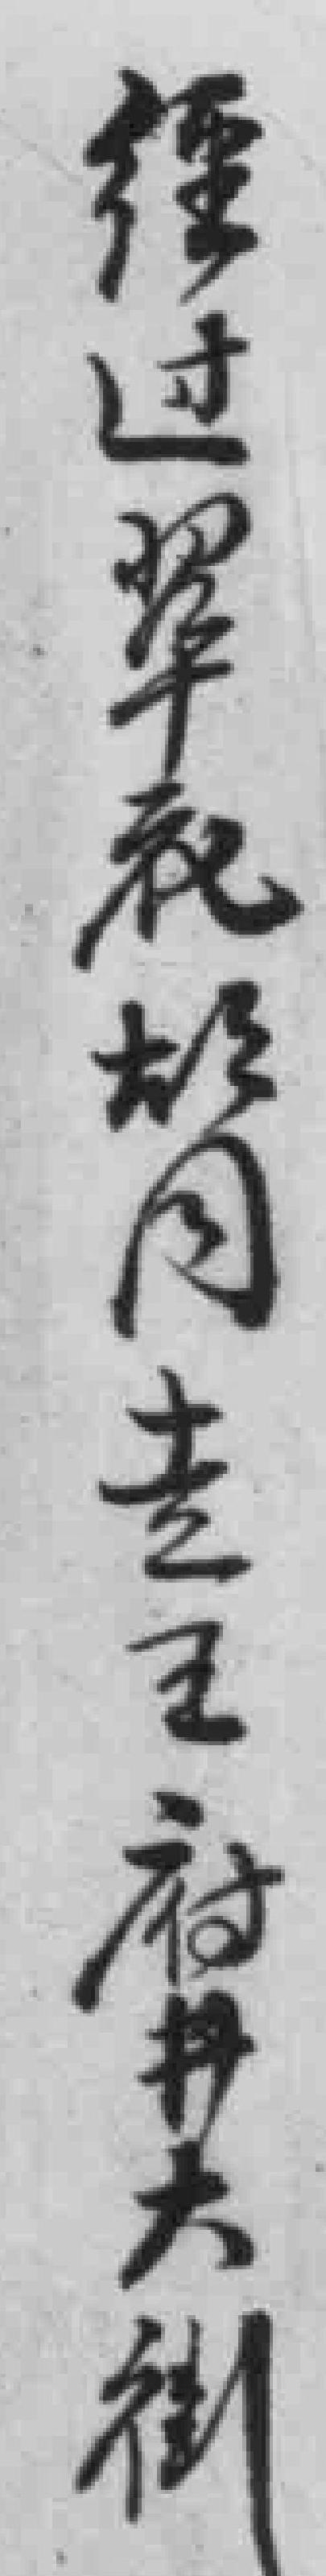
經过翠花胡同去王府井大街